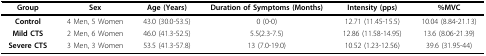
| Group | Sex | Age (Years) | Duration of Symptoms (Months) | Intensity (pps) | %MVC |
 | --- | --- | --- | --- | --- | --- |
 | Control | 4 Men, 5 Women | 43.0 (30.0-53.5) | 0 (0-0) | 12.71 (11.45-15.5) | 10.04 (8.84-21.13) |
 | Mild CTS | 2 Men, 6 Women | 46.0 (41.3-52.5) | 5.5(2.3-7.5) | 12.86 (11.58-14.95) | 13.6 (8.06-21.39) |
 | Severe CTS | 3 Men, 3 Women | 53.5 (41.3-57.8) | 13 (7.0-19.0) | 10.52 (1.23-12.56) | 39.6 (31.95-44) |